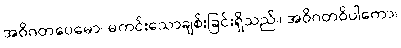
အဝိဂတပေမော၊ မကင်းသောချစ်းခြင်းရှိသည်။ အဝိဂတဝိပါကော၊